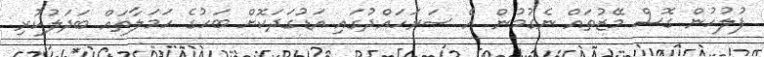
ފުލުހުން ގޮސް މޭޒުތައް ނެގުމުން އެ ސަރަހައްދުގައި އަޑުގަދަކޮށް ބަހުގެ ހަމަލާތައް ބަދަލުކުރި